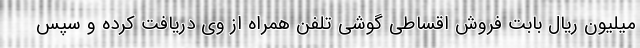
میلیون ریال بابت فروش اقساطی گوشی تلفن همراه از وی دریافت کرده و سپس